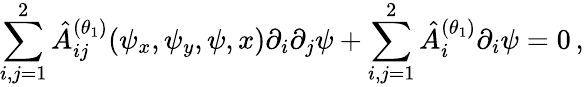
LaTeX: \sum_{i,j=1}^{2}\hat{A}_{ij}^{(\theta_{1})}(\psi_{x},\psi_{y},\psi,x)\partial_{i}\partial_{j}\psi+\sum_{i,j=1}^{2}\hat{A}_{i}^{(\theta_{1})}\partial_{i}\psi=0\, ,